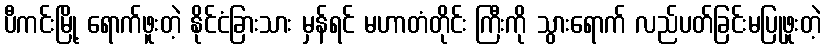
ပီကင်းမြို့ ရောက်ဖူးတဲ့ နိုင်ငံခြားသား မှန်ရင် မဟာတံတိုင်း ကြီးကို သွားရောက် လည်ပတ်ခြင်းမပြုဖူးတဲ့